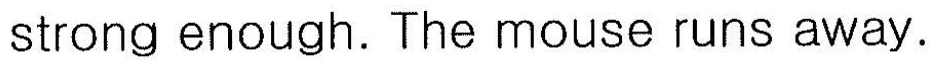
strong enough. The mouse runs away.